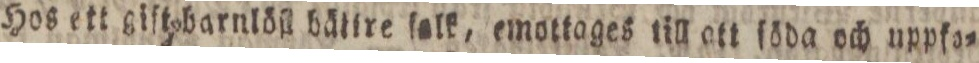
Hos ett giſt barnlöſt bätire ſalk, emottages till at ſöda och uppfa=